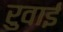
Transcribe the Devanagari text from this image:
रुवाई